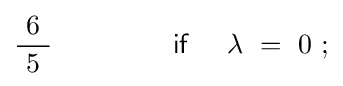
{\frac {\ 6\ }{5}}\qquad \qquad ~{\mathsf {if}}~\quad \lambda \ =\ 0\ ;